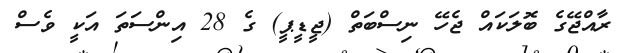
ރާއްޖޭގެ ބޮލަކައް ޖެހޭ ނިސްބަތް (ޖީޑީޕީ) ގެ 28 އިންސަތަ އަކީ ވެސް